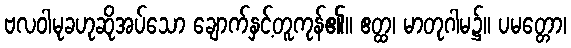
ဗလဝါမုခဟုဆိုအပ်သော ချောက်နှင့်တူကုန်၏။ ဧတ္ထ၊ မာတုဂါမ၌။ ပမတ္တော၊